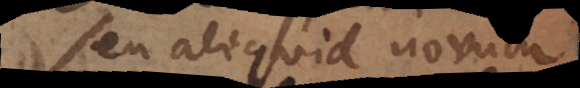
seu aliquid novum